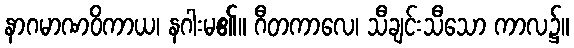
နာဂမာဏဝိကာယ၊ နဂါးမ၏။ ဂီတကာလေ၊ သီချင်းသီသော ကာလ၌။